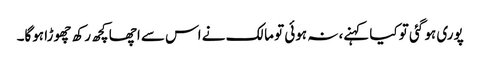
پوری ہو گئی تو کیا کہنے، نہ ہوئی تو مالک نے اس سے اچھا کچھ رکھ چھوڑا ہوگا۔